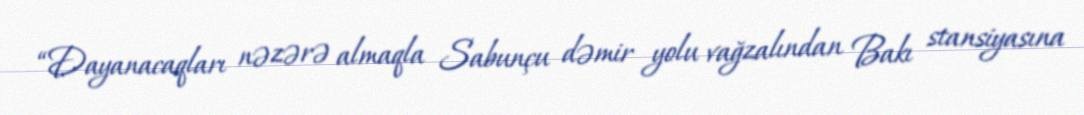
“Dayanacaqları nəzərə almaqla Sabunçu dəmir yolu vağzalından Bakı stansiyasına